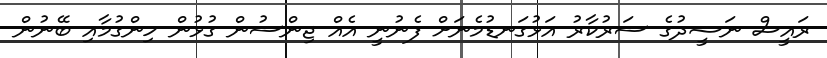
ރައީސް ނަޝީދުގެ ސަރުކާރު އަޅުގަނޑުމެނަށް ފެނުނީ އެއް ޖިންސުން ގުޅުން ހިންގުމާއި ބޭނުން